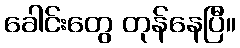
ခေါင်းတွေ တုန်နေပြီ။